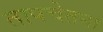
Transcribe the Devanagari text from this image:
तापचेतना